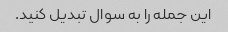
این جمله را به سوال تبدیل کنید.